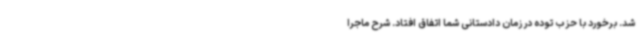
شد. برخورد با حزب توده در زمان دادستانی شما اتفاق افتاد. شرح ماجرا